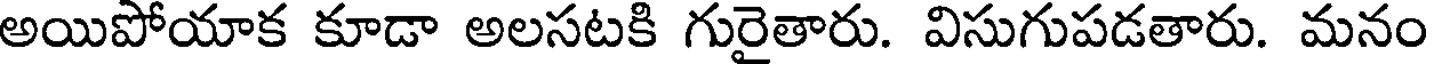
అయిపోయాక కూడా అలసటకి గురైతారు. విసుగుపడతారు. మనం